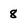
Character: 8